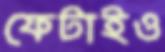
ফেটাইও